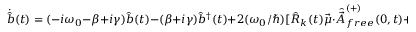
{ \dot { \hat { b } } } ( t ) = ( - i \omega _ { 0 } - \beta + i \gamma ) { \hat { b } } ( t ) - ( \beta + i \gamma ) { \hat { b } } ^ { \dagger } ( t ) + 2 ( \omega _ { 0 } / \hbar ) [ { \hat { R } } _ { k } ( t ) { \vec { \mu } } \cdot { \hat { \vec { A } } } _ { f r e e } ^ { ( + ) } ( 0 , t ) + H . c . ]